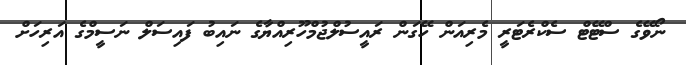
ނޯވޭގެ ސްޓޭޓް ސެކްރެޓަރީ މެރިއަން ހޭގަން ރައީސުލްޖުމްހޫރިއްޔާގެ ނައިބު ފައިސަލް ނަސީމްގެ އަރިހަށް